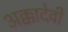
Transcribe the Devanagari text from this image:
अक्कादेवी